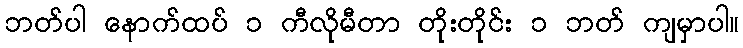
ဘတ်ပါ နောက်ထပ် ၁ ကီလိုမီတာ တိုးတိုင်း ၁ ဘတ် ကျမှာပါ။